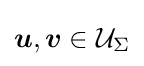
{\boldsymbol {u}},{\boldsymbol {v}}\in {\mathcal {U}}_{\Sigma }